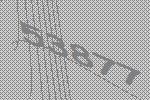
53877